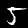
Digit: 5